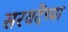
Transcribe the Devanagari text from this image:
सरवदेंच्या